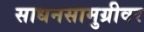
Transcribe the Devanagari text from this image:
साधनसामुग्रीवर